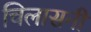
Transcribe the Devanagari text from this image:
चिलासनी